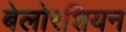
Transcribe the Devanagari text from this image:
बेलोरशियन